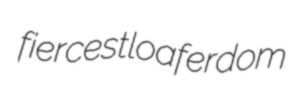
fiercest loaferdom